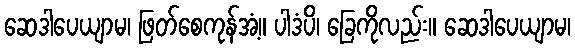
ဆေဒါပေယျာမ၊ ဖြတ်စေကုန်အံ့။ ပါဒံပိ၊ ခြေကိုလည်း။ ဆေဒါပေယျာမ၊